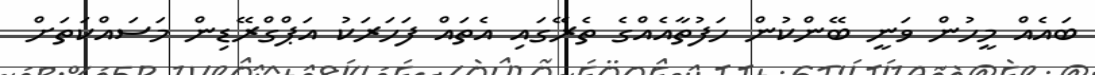
ބައެއް މީހުން ވަނީ ބޭންކުން ހަފުތާއެއްގެ ތެރޭގައި އެތައް ފަހަރަކު އަޕްގްރޭޑިން މަސައްކަތަށް